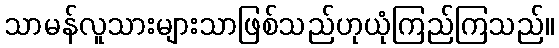
သာမန်လူသားများသာဖြစ်သည်ဟုယုံကြည်ကြသည်။